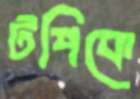
টপিকে